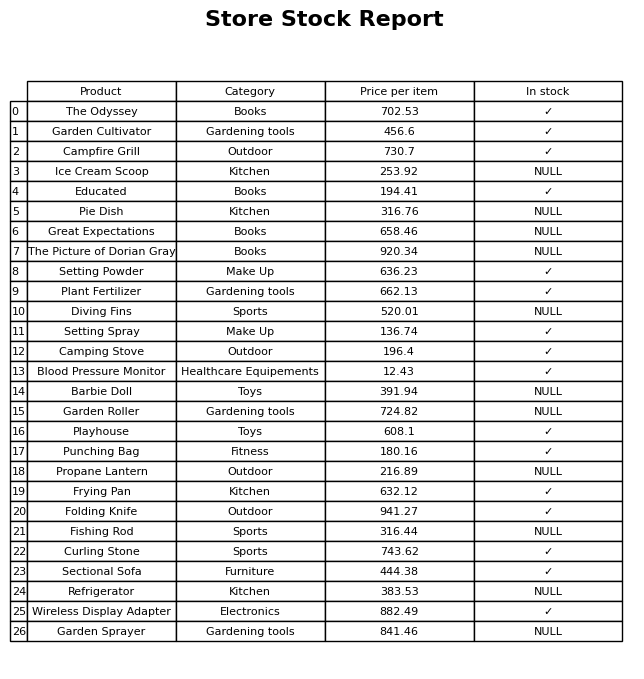
question: What is the stock status of the Garden Roller?
answer: NULL